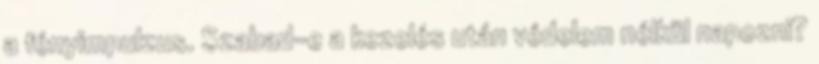
a fényimpulzus. Szabad-e a kezelés után védelem nélkül napozni?